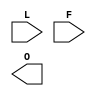
module OMUX(L, F, O);

	input wire L;
	input wire F;

	parameter MODE = "";

	output wire O;

	generate
		if ( MODE == "L" )
		begin:SELECT_L
			assign O = L;
		end
		else if ( MODE == "F" )
		begin:SELECT_F
			assign O = F;
		end
		else
		begin
			//$error("omux: Invalid routing value %s (options are: L, F)", MODE);
		end
	endgenerate
endmodule